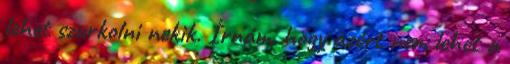
lehet szurkolni nekik. Írnám, hogy azért nem lehet a